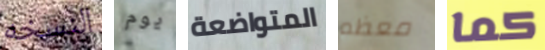
النسخه يوم المتواضعة معظم كما